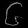
Digit: ၆